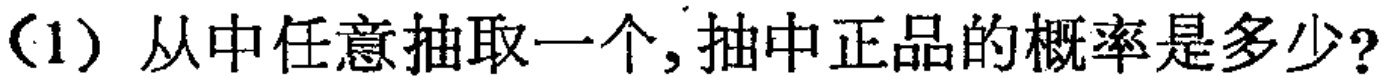
(1) 从中任意抽取一个,抽中正品的概率是多少?